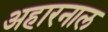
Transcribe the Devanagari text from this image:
अहारनाल